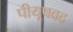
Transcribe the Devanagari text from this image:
पीयूषवद्